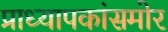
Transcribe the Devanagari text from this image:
प्राध्यापकांसमोर